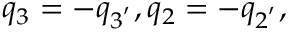
q _ { 3 } = - q _ { 3 ^ { ' } } , q _ { 2 } = - q _ { 2 ^ { ' } } ,